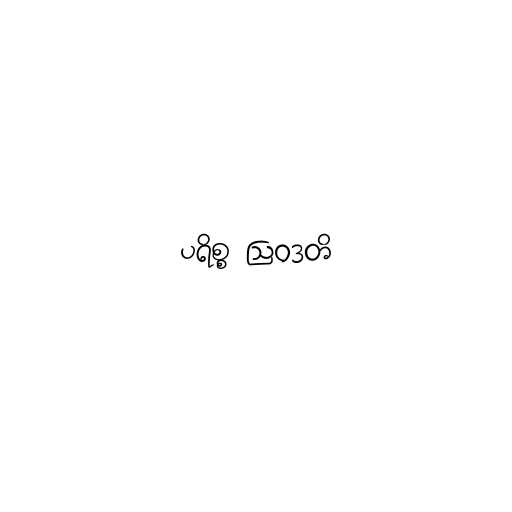
ပရိစ္စ ဩဝဒတိ